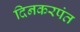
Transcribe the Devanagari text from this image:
दिनकरपंत